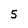
Character: 5